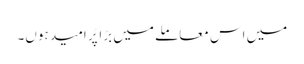
میں اس معاملے میں بڑا پُر امید ہوں۔